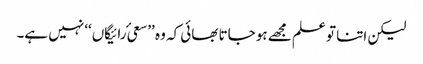
لیکن اتنا تو علم مجھے ہو جاتا بھائی کہ وہ ’’سعیٔ رائیگاں‘‘ نہیں ہے۔